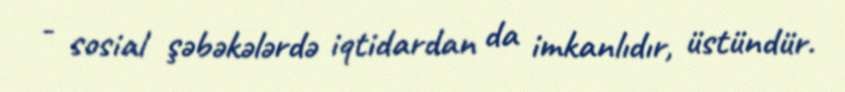
- sosial şəbəkələrdə iqtidardan da imkanlıdır, üstündür.